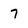
Character: 7